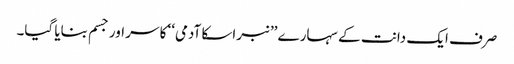
صرف ایک دانت کے سہارے ’’نبراسکا آدمی‘‘ کا سر اور جسم بنایا گیا۔